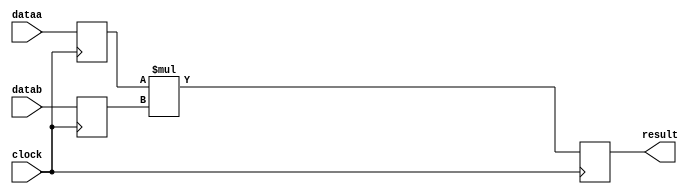
module  multiplier_7x7_mult
	( 
	clock,
	dataa,
	datab,
	result) /* synthesis synthesis_clearbox=1 */;
	input   clock;
	input   [6:0]  dataa;
	input   [6:0]  datab;
	output   [13:0]  result;
`ifndef ALTERA_RESERVED_QIS
// synopsys translate_off
`endif
	tri0   clock;
`ifndef ALTERA_RESERVED_QIS
// synopsys translate_on
`endif

	reg  [6:0]  dataa_input_reg;
	reg  [6:0]  datab_input_reg;
	reg  [13:0]  result_output_reg;
	wire [6:0]    dataa_wire;
	wire [6:0]    datab_wire;
	wire [13:0]    result_wire;


	// synopsys translate_off
	initial
		dataa_input_reg = 0;
	// synopsys translate_on
	always @(posedge clock)
		dataa_input_reg <= dataa;
	// synopsys translate_off
	initial
		datab_input_reg = 0;
	// synopsys translate_on
	always @(posedge clock)
		datab_input_reg <= datab;
	// synopsys translate_off
	initial
		result_output_reg = 0;
	// synopsys translate_on
	always @(posedge clock)
		result_output_reg <= result_wire[13:0];

	assign dataa_wire = dataa_input_reg;
	assign datab_wire = datab_input_reg;
	assign result_wire = dataa_wire * datab_wire;
	assign result = ({result_output_reg});

endmodule